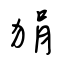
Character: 狷